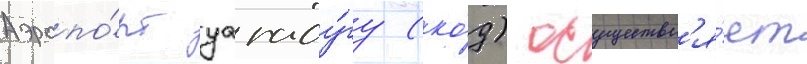
Аэропо́рт уагаду́гу (ко́д) осуществл'я́ет